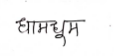
मजकूर: धामधूम